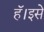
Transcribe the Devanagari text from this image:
हॅ।इसे